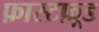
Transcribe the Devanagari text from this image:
फ़ास्टफ़ूड